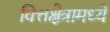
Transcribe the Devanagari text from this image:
वित्तक्षेत्रामध्ये